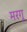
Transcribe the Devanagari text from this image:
मरगू